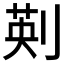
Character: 𠝟